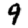
Digit: 9